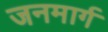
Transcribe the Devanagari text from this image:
जनमार्ग